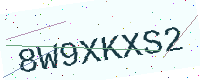
Text: 8W9XKXS2